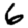
Digit: 6